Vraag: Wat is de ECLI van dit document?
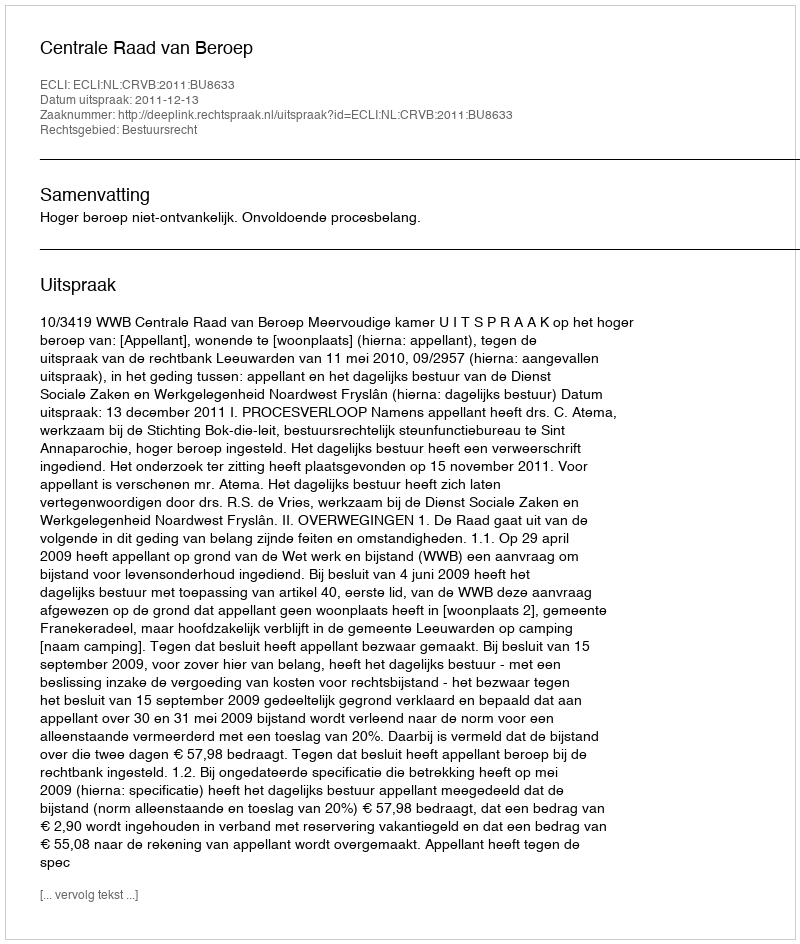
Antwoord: ECLI:NL:CRVB:2011:BU8633